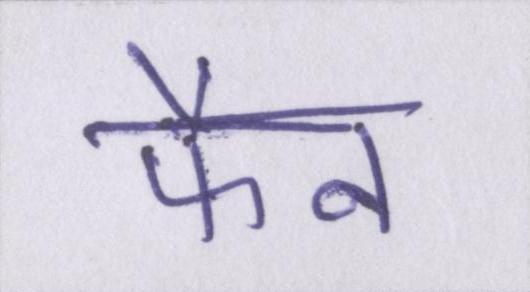
फैन